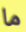
ما